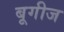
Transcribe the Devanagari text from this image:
बूगीज